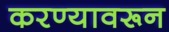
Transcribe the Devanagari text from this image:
करण्यावरून